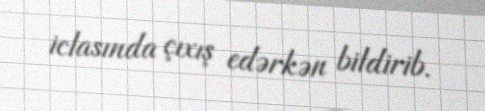
iclasında çıxış edərkən bildirib.